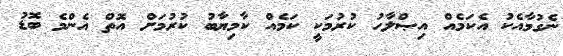
ނެގުމާއެކު އެކަމެއް އިޞްލާހު ކުރުމަކީ ކަމެއް ކާމިޔާބު ކުރުމަށް އޮތް އެންމެ ބޮޑު